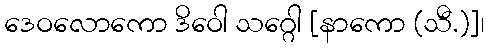
ဒေဝလောကော ဒိဝေါ သဂ္ဂေါ [နာကော (သီ.)]၊